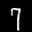
Label: 7